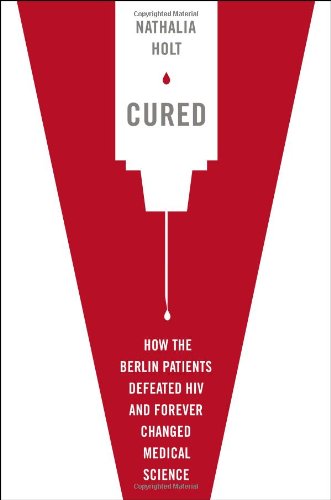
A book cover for Cured: How the Berlin Patients Defeated HIV and Forever Changed Medical Science; Nathalia Holt; Health, Fitness & Dieting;